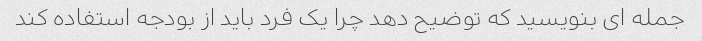
جمله ای بنویسید که توضیح دهد چرا یک فرد باید از بودجه استفاده کند